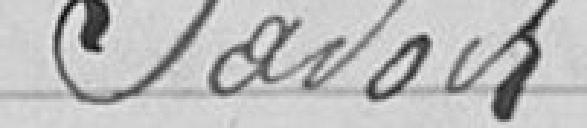
Savoir :